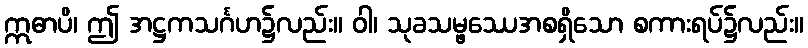
ဣဓာပိ၊ ဤ အဋ္ဌကသင်္ဂဟ၌လည်း။ ဝါ၊ သုခသမ္ဖဿေအစရှိသော စကားရပ်၌လည်း။